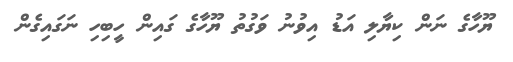
ޔޫހާގެ ނަން ކިޔާލި އަޑު އިވުނު ވަގުތު ޔޫހާގެ ގައިން ހީބިހި ނަގައިގެން